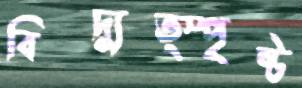
বিদ্যুত্স্পৃষ্ট